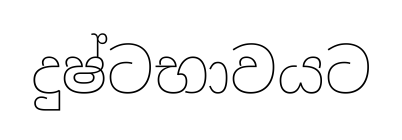
දුෂ්ටභාවයට